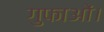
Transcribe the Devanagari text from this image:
गुफाओं।